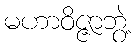
မဟာဝိဇ္ဇာဘွဲ့